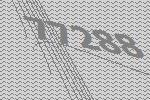
77288